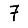
Digit: 7